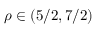
\rho \in \left( 5 / 2 , 7 / 2 \right)